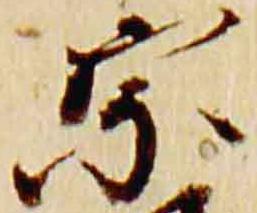
宗